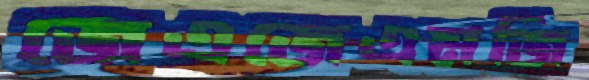
জেএজেএমজি